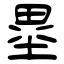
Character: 塁